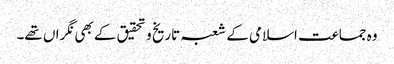
وہ جماعت اسلامی کے شعبہ تاریخ و تحقیق کے بھی نگراں تھے۔